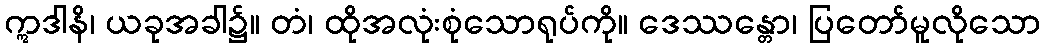
ဣဒါနိ၊ ယခုအခါ၌။ တံ၊ ထိုအလုံးစုံသောရုပ်ကို။ ဒေဿန္တော၊ ပြတော်မူလိုသော